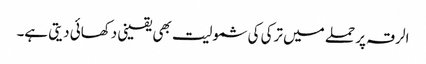
الرقہ پر حملے میں ترکی کی شمولیت بھی یقینی دکھائی دیتی ہے۔